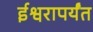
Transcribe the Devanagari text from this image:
ईश्वरापर्यंत